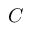
C